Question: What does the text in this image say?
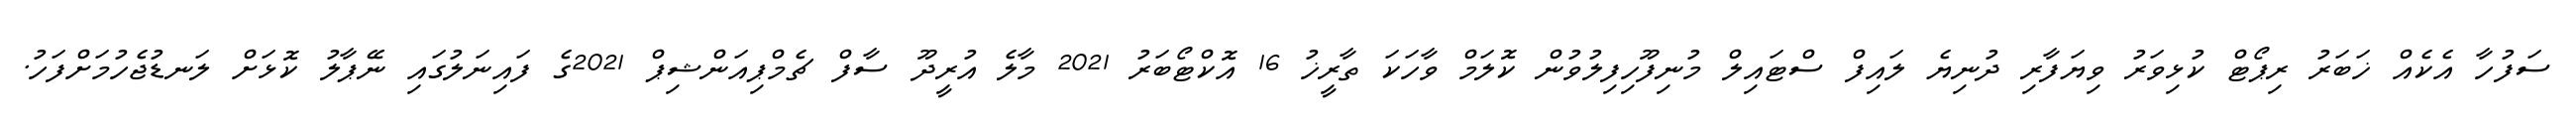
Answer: ސަފުހާ އެކެއް ޚަބަރު ރިޕޯޓް ކުޅިވަރު ވިޔަފާރި ދުނިޔެ ލައިފް ސްޓައިލް މުނިފޫހިފިލުވުން ކޮލަމް ވާހަކަ ތާރީޚު 16 އޮކްޓޯބަރު 2021 މާލެ އުރީދޫ ސާފް ޗެމްޕިއަންޝިޕް 2021ގެ ފައިނަލުގައި ނޭޕާލު ކޮޅަށް ލަނޑުޖެހުމަށްފަހު.